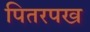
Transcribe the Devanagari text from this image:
पितरपख